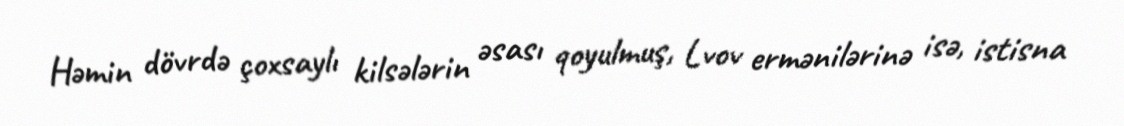
Həmin dövrdə çoxsaylı kilsələrin əsası qoyulmuş, Lvov ermənilərinə isə, istisna